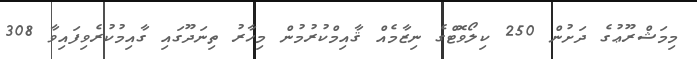
މިމަޝްރޫޢުގެ ދަށުން 250 ކިލޯވޮޓްގެ ނިޒާމެއް ޤާއިމްކުރުމުން މިހާރު ތިނަދޫގައި ގާއިމުކުރެވިފައިވާ 308